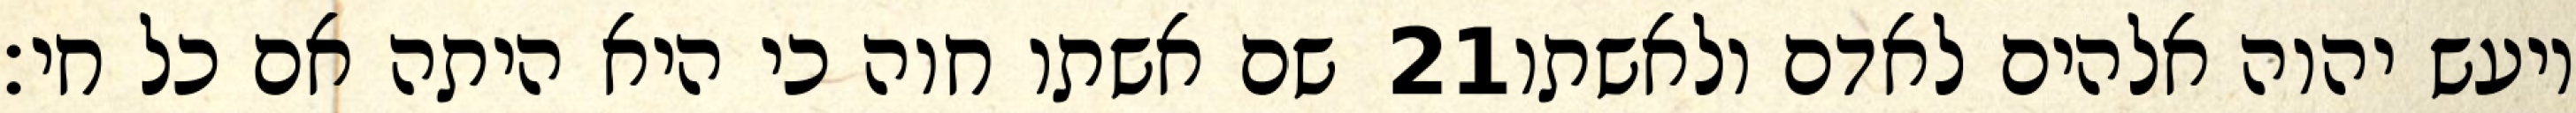
שם אשתו חוה כי היא היתה אם כל חי׃ ‎21‏ ויעש יהוה אלהים לאדם ולאשתו